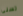
تسنى